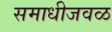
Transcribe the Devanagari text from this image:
समाधीजवळ